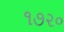
૧૭૨૦